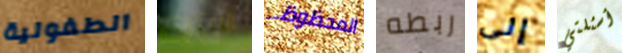
الطفولية سيرى المحظوظ ربطه إلى أسئلتي